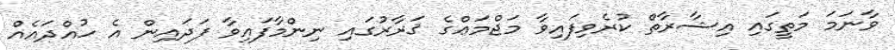
ވާނަމަ މަތީގައި އިޝާރާތް ކުރެވިފައިވާ މަޖްމަޢްގެ ޤަރާރުގައި ނިންމާފައިވާ ފަދައިން އެ ހުއްދައެއް